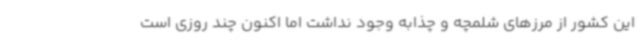
این کشور از مرزهای شلمچه و چذابه وجود نداشت اما اکنون چند روزی است